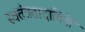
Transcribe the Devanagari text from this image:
स्वतंत्रतादायिनी